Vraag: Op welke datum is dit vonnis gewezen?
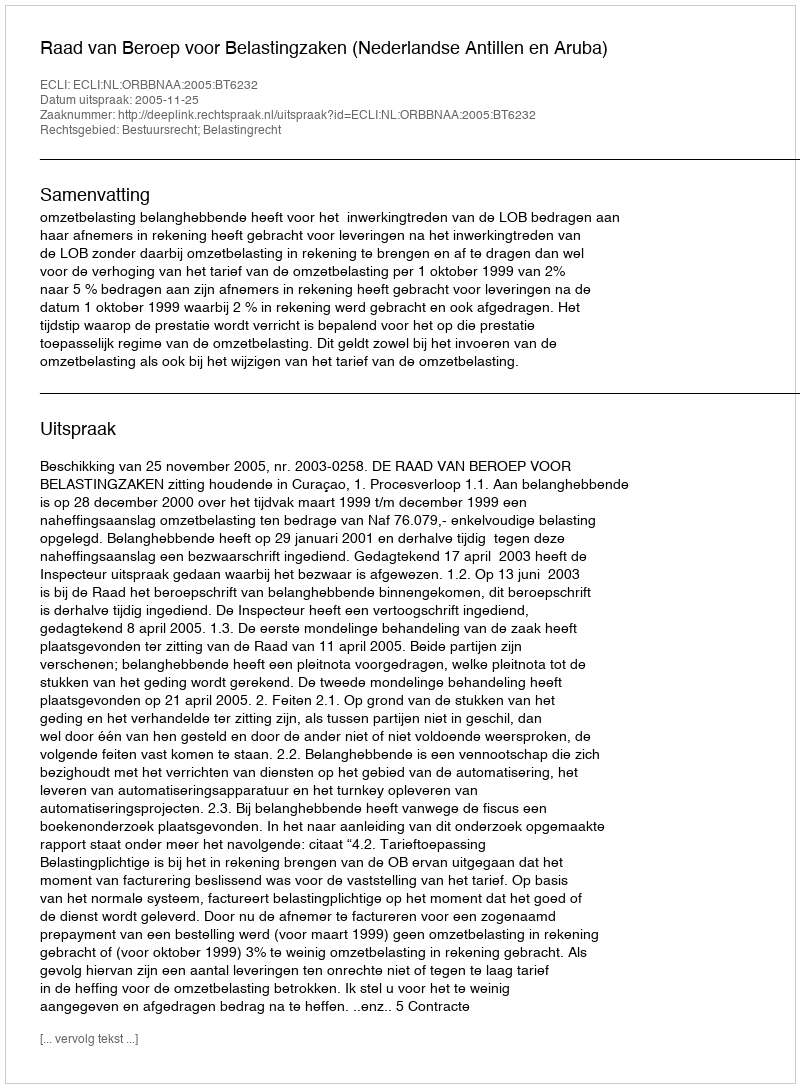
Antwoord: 2005-11-25